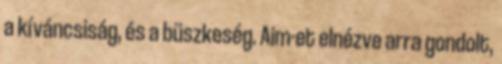
a kíváncsiság, és a büszkeség. Aim-et elnézve arra gondolt,